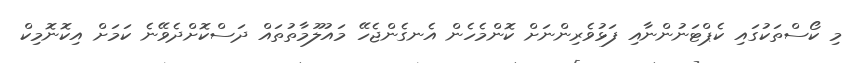
މި ކޯސްތަކުގައި ކެޕްޓަނުންނާއި ފަޅުވެރިންނަށް ކޮންމެހެން އެނގެންޖެހޭ މައުލޫމާތުތައް ދަސްކޮށްދެވޭނެ ކަމަށް އިކޮނޮމިކް